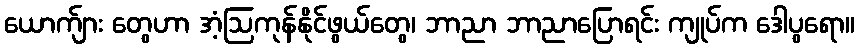
ယောက်ျား တွေဟာ အံ့ဩကုန်နိုင်ဖွယ်တွေ၊ ဘာညာ ဘာညာပြောရင်း ကျုပ်က ဒေါပွရော။